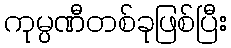
ကုမ္ပဏီတစ်ခုဖြစ်ပြီး